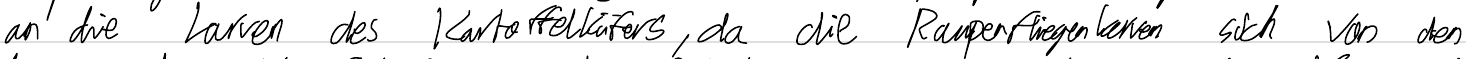
an die Larven des Kartoffelkäfers, da die Raupenfliegenlarven sich von den